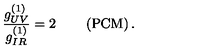
\frac { g _ { U V } ^ { ( 1 ) } } { g _ { I R } ^ { ( 1 ) } } = 2 \qquad \left( \mathrm { P C M } \right) .